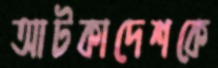
আটকাদেশকে